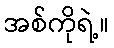
အစ်ကိုရဲ့။